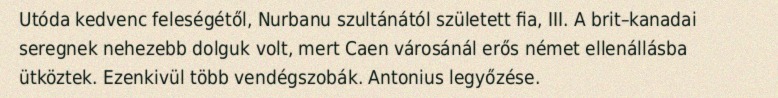
Utóda kedvenc feleségétől, Nurbanu szultánától született fia, III. A brit–kanadai seregnek nehezebb dolguk volt, mert Caen városánál erős német ellenállásba ütköztek. Ezenkivül több vendégszobák. Antonius legyőzése.